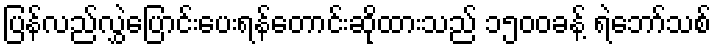
ပြန်လည်လွှဲပြောင်းပေးရန်တောင်းဆိုထားသည် ၁၅၀၀ခန့် ရဲဘော်သစ်